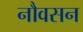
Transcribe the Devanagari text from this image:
नौवसन